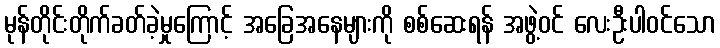
မုန်တိုင်းတိုက်ခတ်ခဲ့မှုကြောင့် အခြေအနေများကို စစ်ဆေးရန် အဖွဲ့ဝင် လေးဦးပါဝင်သော